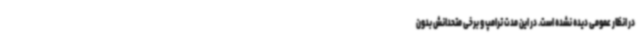
در انظار عمومی دیده نشده است. در این مدت ترامپ و برخی متحدانش بدون